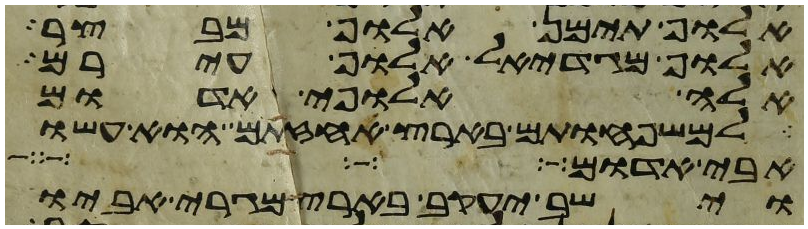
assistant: אלוף תימן אלוף מבצר
אלוף מגדאל אלוף עירם
אלה אלופי אדום
למשפחותם בארץ אחזתם הוא עשו
אבי אדום
וישב יעקב בארץ מגרי אביו